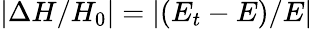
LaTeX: |\Delta H/H_{0}|=|(E_{t}-E)/E|